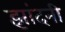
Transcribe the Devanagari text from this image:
झांदनी